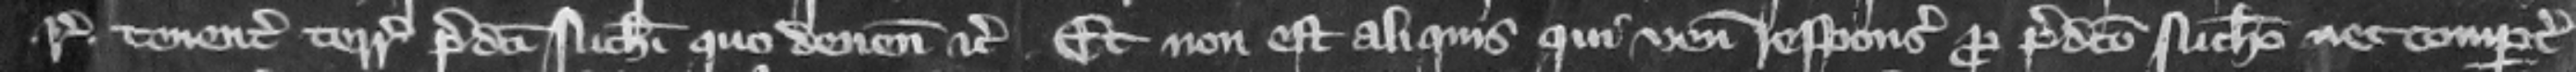
respondeat tenentes terrarum predicti Nicolai quo deuenit etc. Et non est aliquis qui veniat responsurus pro predicto Nicholao nec compertum